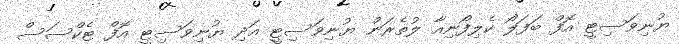
ޔުނިވަސިޓީ އޮފް ބަފަލޯ ކެލިފޯނިއާ ލުތެރަން ޔުނިވަސިޓީ އަދި ޔުނިވަސިޓީ އޮފް ޓެކްސަސް